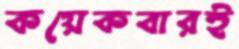
কয়েকবারই